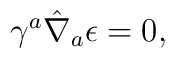
\gamma^a\hat{\nabla}_a\epsilon =0,